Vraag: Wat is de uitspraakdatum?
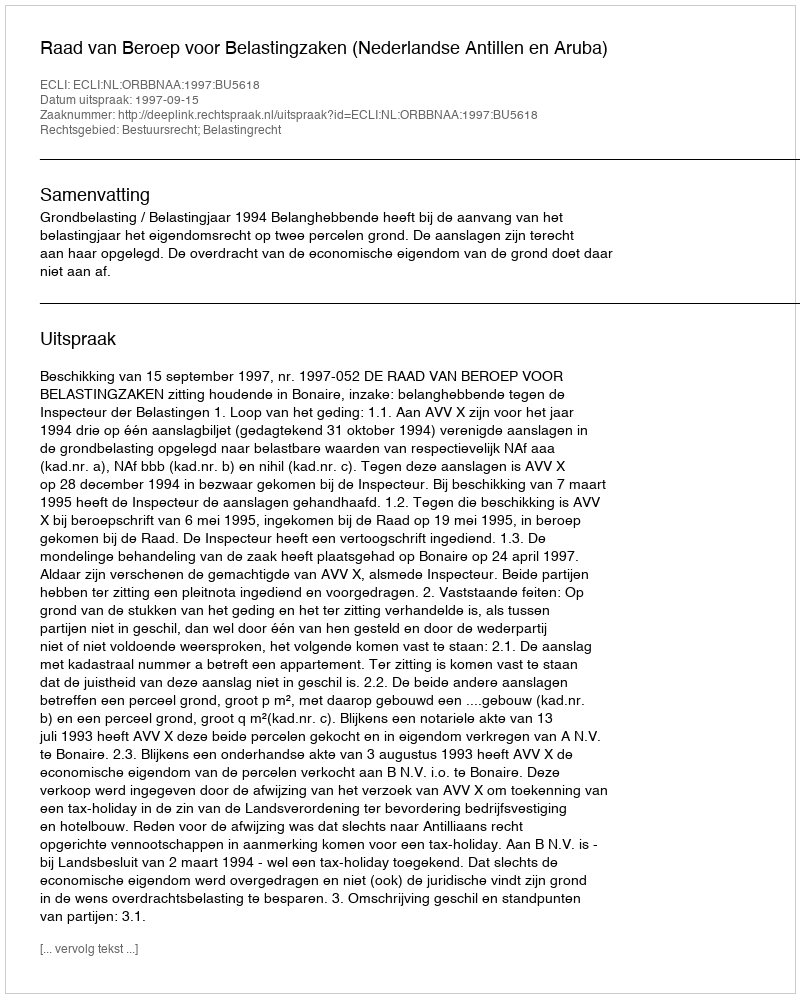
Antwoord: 1997-09-15